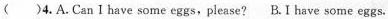
( )4.A.Can I have some eggs,please? B.I have some eggs.